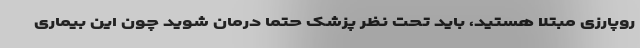
روپارزی مبتلا هستید، باید تحت نظر پزشک حتما درمان شوید چون این بیماری